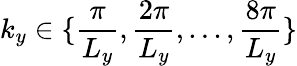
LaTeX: k_{y}\in\{ \frac{\pi}{L_{y}},\frac{2\pi}{L_{y}},...,\frac{8\pi}{L_{y}}\}